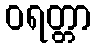
ဝရတ္တာ